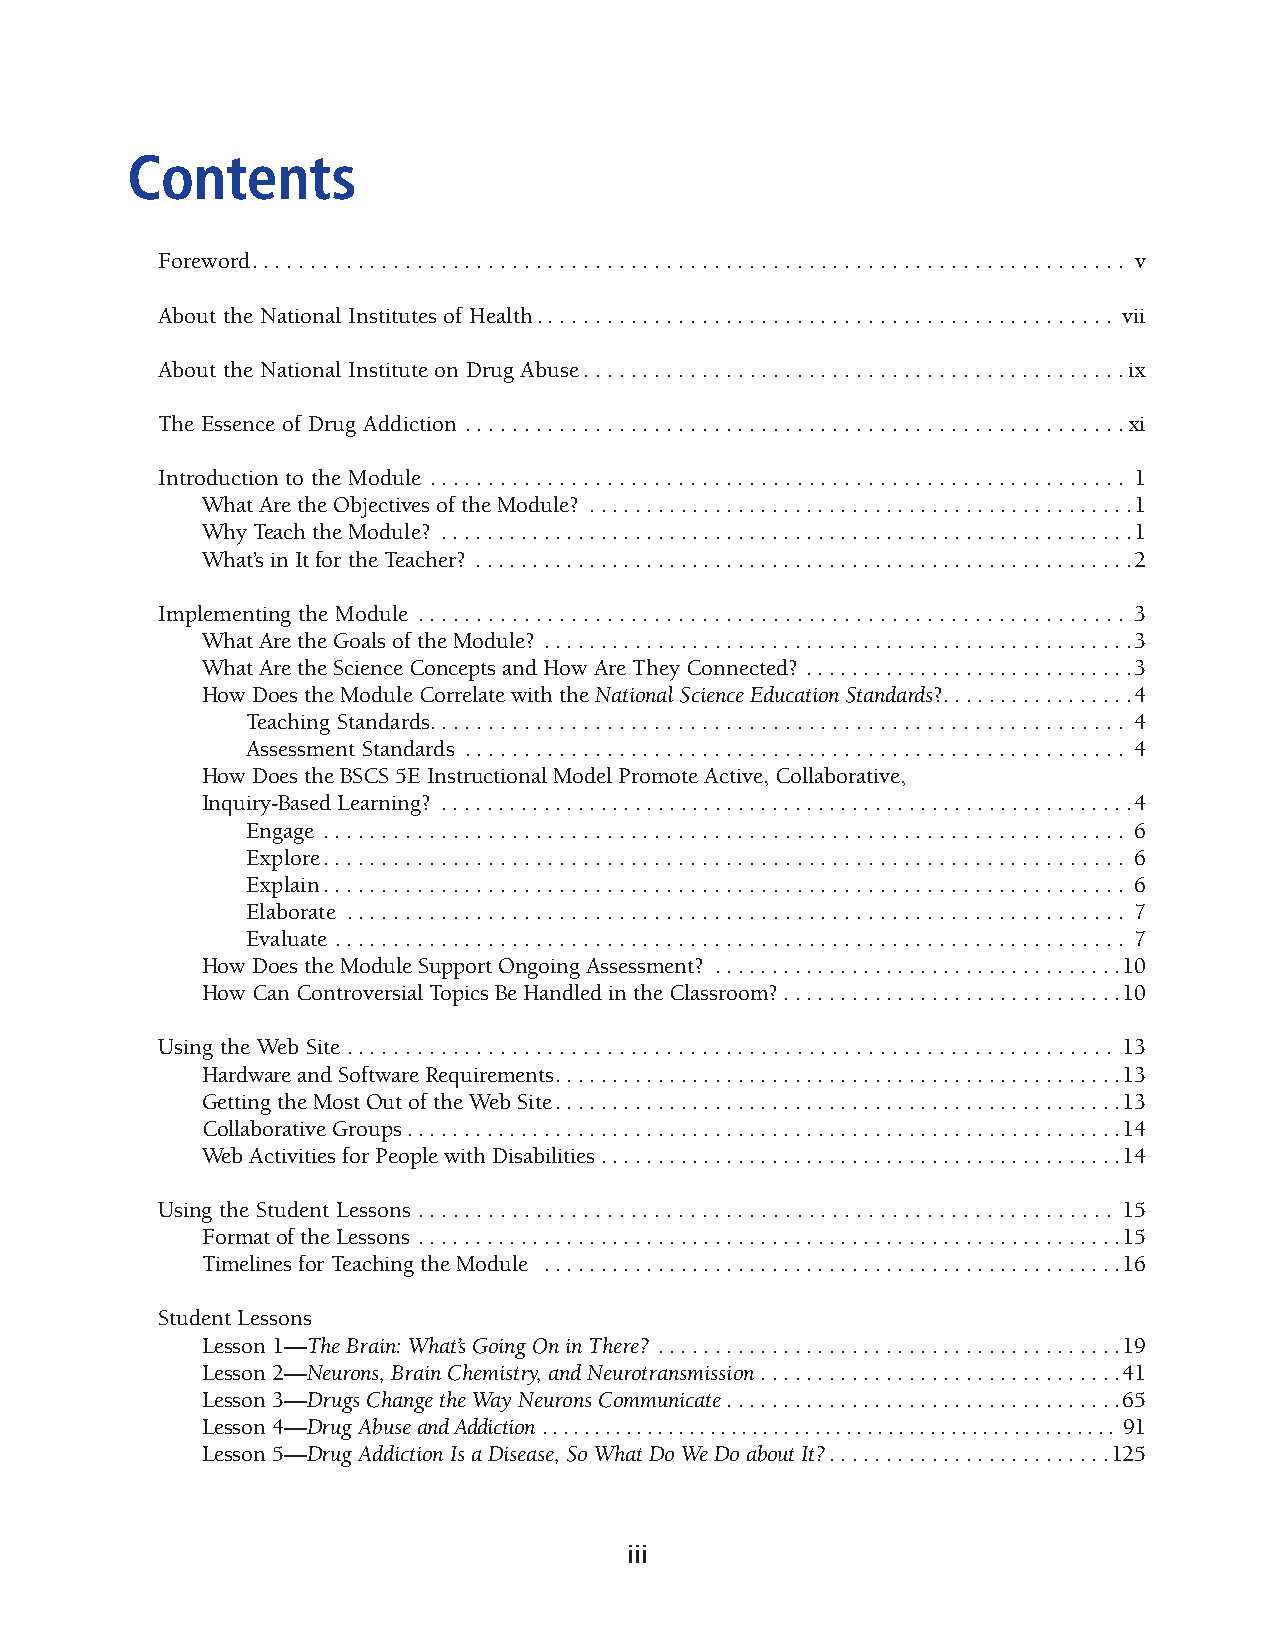
Contents
 Foreword.......................................................................... v
 About the National Institutes of Health................................................. vii
 About the National Institute on Drug Abuse. . . . . . . . . . . . . . .. .. .. .. .. .. .. . . . . . . . . . . . . . . . .. .ix
 The Essence of Drug Addiction ........................................................xi
 Introduction to the Module ........................................................... 1
 What Are the Objectives of the Module? ................................................1
 Why Teach the Module? .............................................................1
 What’s in It for the Teacher? ..........................................................2
 Implementing the Module ............................................................ 3
 What Are the Goals of the Module? ....................................................3
 What Are the Science Concepts and How Are They Connected? .............................3
 How Does the Module Correlate with the National Science Education Standards?. . . . . . . . . . . . . . . . .4
 Teaching Standards........................................................... 4
 Assessment Standards ........................................................ 4
 How Does the BSCS 5E Instructional Model Promote Active, Collaborative,
 Inquiry-Based Learning? .............................................................4
 Engage .................................................................... 6
 Explore.................................................................... 6
 Explain.................................................................... 6
 Elaborate .................................................................. 7
 Evaluate ................................................................... 7
 How Does the Module Support Ongoing Assessment? ....................................10
 How Can Controversial Topics Be Handled in the Classroom?..............................10
 Using the Web Site ................................................................. 13
 Hardware and Software Requirements..................................................13
 Getting the Most Out of the Web Site..................................................13
 Collaborative Groups...............................................................14
 Web Activities for People with Disabilities . . . . . . . . . . . . . . . . . . . . . . . . . . . . . . . . . . . . . . . . . . . . . .14
 Using the Student Lessons ........................................................... 15
 Format of the Lessons ..............................................................15
 Timelines for Teaching the Module ...................................................16
 Student Lessons
 Lesson 1—The Brain: What’s Going On in There? . . . . . . . . . . . . . . . . . . . . . . . . . . . . . . . . . . . . . . . . .19
 Lesson 2—Neurons, Brain Chemistry, and Neurotransmission . . . . . . . . . . . . . . . . . . . . . . . . . . . . . . . .41
 Lesson 3—Drugs Change the Way Neurons Communicate . . . . . . . . . . . . . . . . . . . . . . . . . . . . . . . . . . .65
 Lesson 4—Drug Abuse and Addiction ....................................................... 91
 Lesson 5—Drug Addiction Is a Disease, So What Do We Do about It? . . . . . . . . . . . . . . . . . . . . . . . . .125
 iii